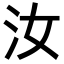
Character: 汝